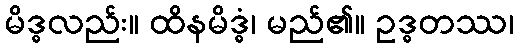
မိဒ္ဓလည်း။ ထိနမိဒ္ဓံ၊ မည်၏။ ဥဒ္ဓတဿ၊